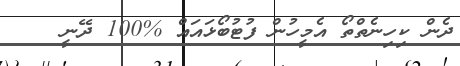
ދެން ކިހިނެތްތޯ އެމީހުން ފުޓުބޯޅައައް %100 ދޭނީ